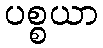
ပစ္စယာ